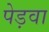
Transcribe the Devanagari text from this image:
पेड़वा